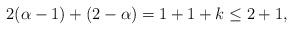
LaTeX: \begin{align*}2(\alpha-1)+(2-\alpha)=1+1+k\leq 2+1,\end{align*}